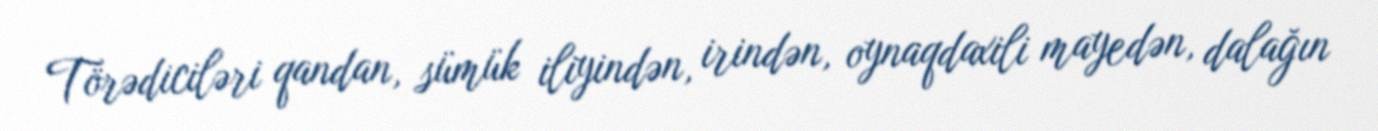
Törədiciləri qandan, sümük iliyindən, irindən, oynaqdaxili mayedən, dalağın